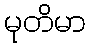
မုတိမာ